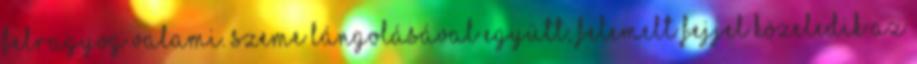
felragyog valami. Szeme lángolásával együtt, felemelt fejjel közeledik az